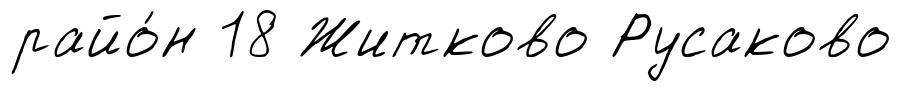
райо́н 18 Житково Русаково